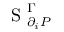
\mathrm { ~ S ~ } _ { \partial _ { i } P } ^ { \Gamma }